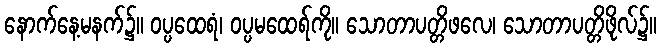
နောက်နေ့မနက်၌။ ဝပ္ပထေရံ၊ ဝပ္ပမထေရ်ကို။ သောတာပတ္တိဖလေ၊ သောတာပတ္တိဖိုလ်၌။